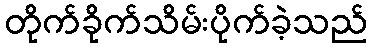
တိုက်ခိုက်သိမ်းပိုက်ခဲ့သည်